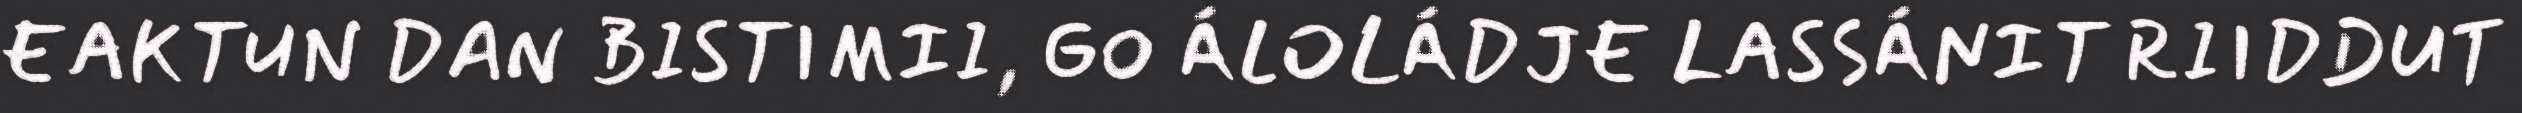
EAKTUN DAN BISTIMII, GO ÁLOLÁDJE LASSÁNIT RIIDDUT